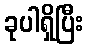
ခုပါရှိပြီး